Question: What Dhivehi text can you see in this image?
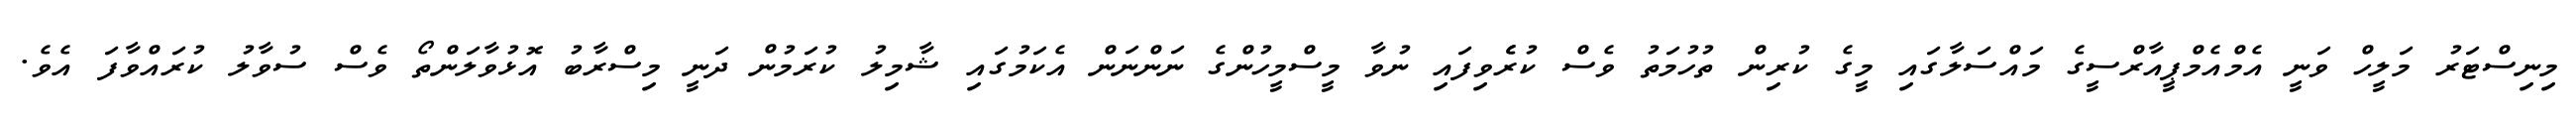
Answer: މިނިސްޓަރު މަލީހް ވަނީ އެމްއެމްޕީއާރްސީގެ މައްސަލާގައި މީގެ ކުރިން ތުހުމަތު ވެސް ކުރެެވިފައި ނުވާ މީސްމީހުންގެ ނަންނަން އެކަމުގައި ޝާމިލު ކުރަމުން ދަނީ މިސްރާބު އޮޅުވާލަންތޯ ވެސް ސުވާލު ކުރައްވާފަ އެވެ.